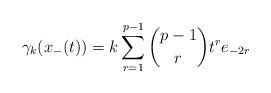
LaTeX: \begin{align*}\gamma_{k}(x_{-}(t)) &= k\sum_{r = 1}^{p-1} \binom{p-1}{r}t^{r}e_{-2r}\end{align*}